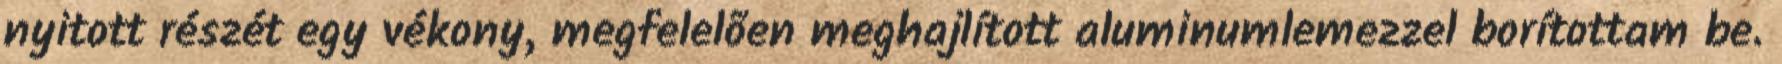
nyitott részét egy vékony, megfelelõen meghajlított aluminumlemezzel borítottam be.